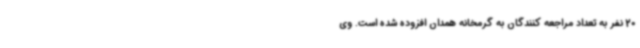
20 نفر به تعداد مراجعه کنندگان به گرمخانه همدان افزوده شده است. وی